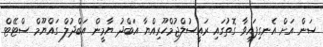
ސަން އަށް އެނގިފައިވާ ގޮތުގައި ރައީސުލްޖުމްހޫރިއްޔާ އަބްދު ޔާމީން އަބްދުލް ގައްޔޫމް ސްޓޭޓް